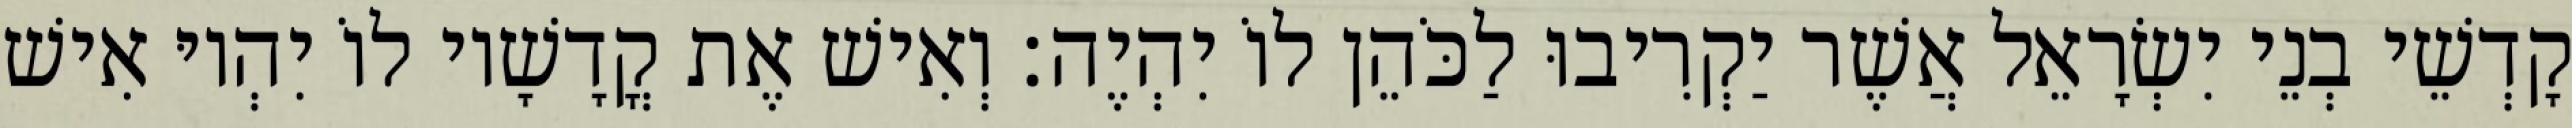
קָדְשֵׁי בְנֵי יִשְׂרָאֵל אֲשֶׁר יַקְרִיבוּ לַכֹּהֵן לוֹ יִהְיֶה׃ וְאִישׁ אֶת קֳדָשָׁיו לוֹ יִהְיוּ אִישׁ